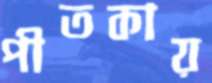
পীতকায়